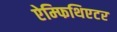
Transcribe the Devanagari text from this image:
ऐम्फिथिएटर